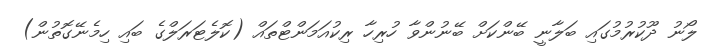
ލޯނު ދޫކުރުމުގައި ބަލާނީ ބޭންކަށް ބޭނުންވާ ހުރިހާ ރިކުއަމަންޓްތައް (ކޮލެޓަރަލްގެ ބައި ހިމެނޭގޮތުން)